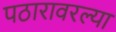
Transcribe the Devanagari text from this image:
पठारावरल्या